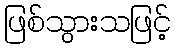
ဖြစ်သွားသဖြင့်